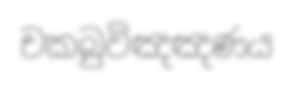
චකබුවිඤඤණය